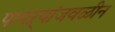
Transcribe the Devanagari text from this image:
पायऱ्यांजवळीन